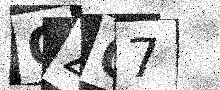
Text: OZQ7